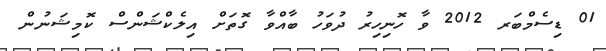
01 ޑިސެމްބަރ 2012 ވާ ހޮނިހިރު ދުވަހު ބާއްވާ ގޮތަށް އިލެކްޝަންސް ކޮމިޝަނުން